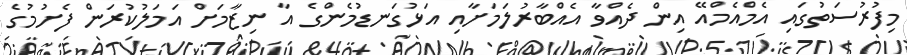
މިފުރުސަތުގައި އެމްއެމްއޭ އިން ދެއްވާ އެއްބާރުލަމަށާއި އަޅުގަނޑުމެންގެ އާ ނިޒާމަށް އަމަލުކުރަން ފެށުމުގެ